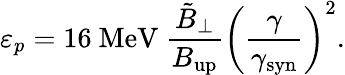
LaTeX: \varepsilon_{p}=16~\textrm{MeV}~\frac{\tilde{B}_{\perp}}{B_{\mathrm{up}}}\left(\frac{\gamma}{\gamma_{\mathrm{syn}}}\right)^{2}.